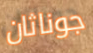
جوناثان